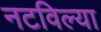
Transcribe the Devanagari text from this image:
नटविल्या